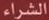
الشراء